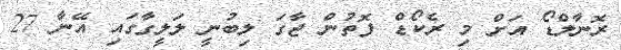
ރޮނާލްޑޯ އަށް މި ރެކޯޑް ފޮތުން ޖާގަ ލިބުނީ ލަލީގާގައި އޭނާ 27